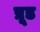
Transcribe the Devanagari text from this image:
प्रूड